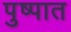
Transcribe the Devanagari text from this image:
पुष्पात